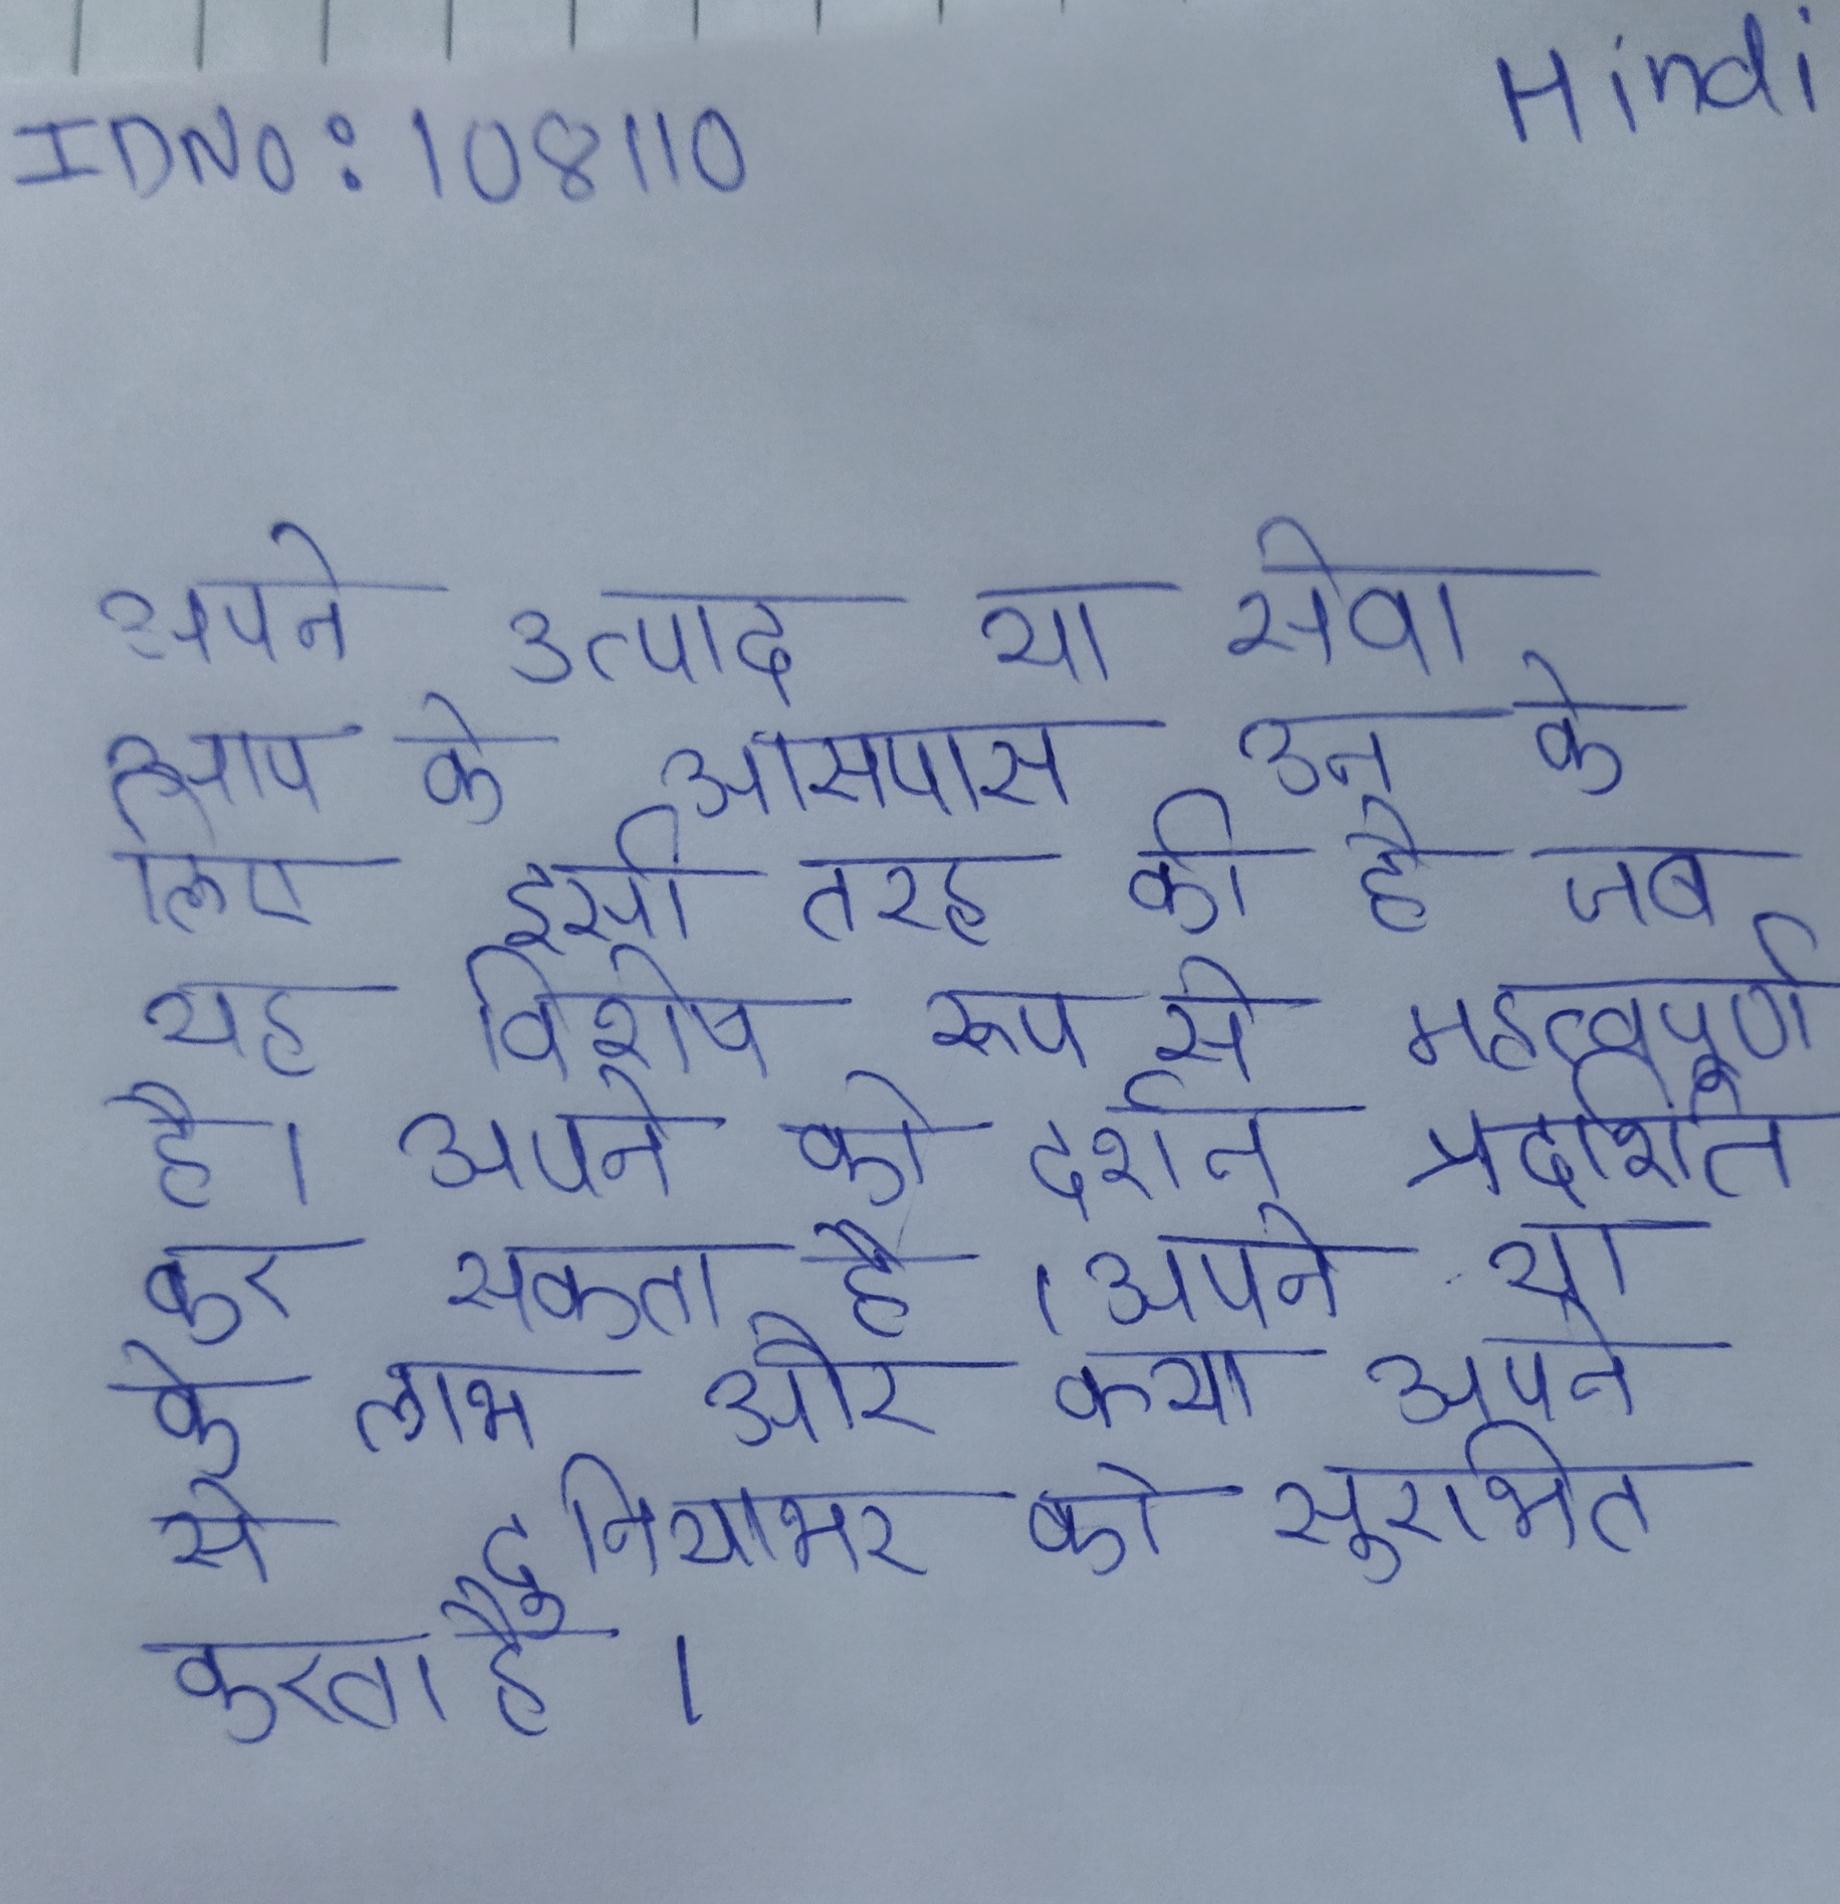
अपने उत्पाद या सेवा आप के आसपास उन के लिए इसी तरह की है जब यह विशेष रूप से महत्वपूर्ण है । अपने को प्रदर्शन प्रदर्शित कर सकता है । अपने या के लाभ और क्या अपने से दुनियाभर को सुरभित करता है ।